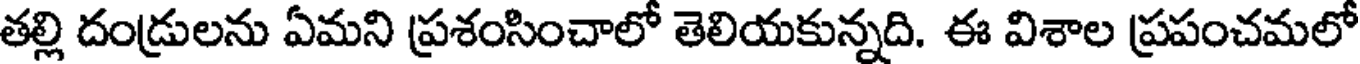
తల్లి దండ్రులను ఏమని ప్రశంసించాలో తెలియకున్నది. ఈ విశాల ప్రపంచమలో